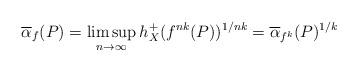
LaTeX: \begin{align*}\overline{\alpha}_{f}(P)=\limsup_{n\to \infty}h_{X}^{+}(f^{nk}(P))^{1/nk}=\overline{\alpha}_{f^{k}}(P)^{1/k}\end{align*}